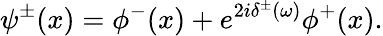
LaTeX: \psi^{\pm}(x)=\phi^{-}(x)+e^{2i\delta^{\pm}(\omega)}\phi^{+}(x).